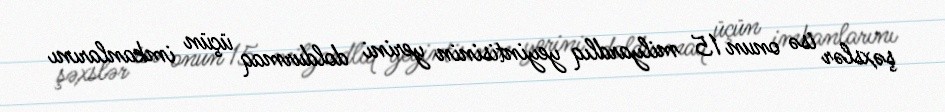
şəxslər isə onun 15 milyardlıq yeyintisinin yerini doldurmaq üçün imkanlarını